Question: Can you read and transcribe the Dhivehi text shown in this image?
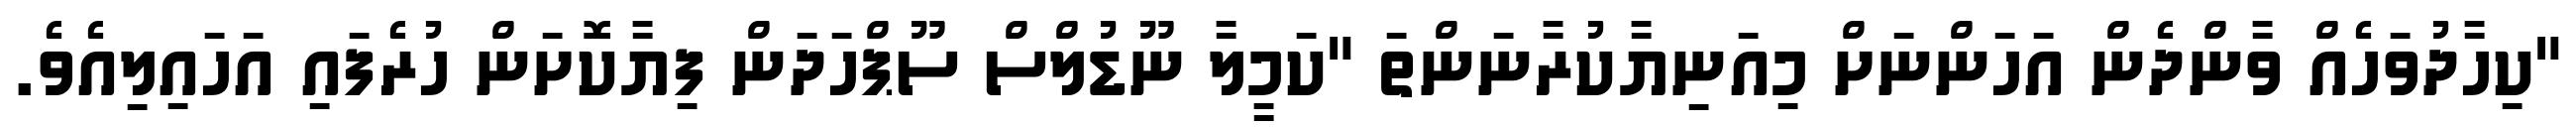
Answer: "ކިހާދުވަހެއް ވާންދެން އަހަންނަށް މިއަނިޔާކުރާނަންތަ "ކަމީލާ ނޫޑުލްސް ސޫޕްހަދަން ފިޔާކޮށަން ހުރެފައި އަހައިލިއެވެ.